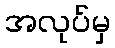
အလုပ်မှ